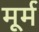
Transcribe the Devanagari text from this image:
मूर्म